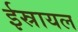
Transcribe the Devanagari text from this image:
ईस्रायल